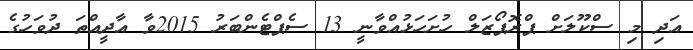
އަދި މި ސްކޫލަށް ޕްރޮޕޯޒަލް ހުށަހަޅުއްވާނީ 13 ސެޕްޓެންބަރު 2015ވާ އާދީއްތަ ދުވަހުގެ